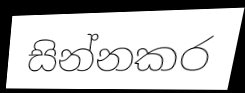
සින්නකර